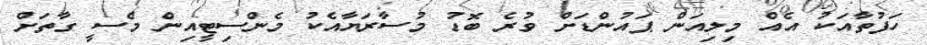
ހަފުތާއަކު އެއް މިލިއަން ޕައުންޑަށް ވުރެ ބޮޑު މުސާރަޔާއެކު މެންސިޓީއިން މެސީ ގާތަށް